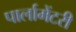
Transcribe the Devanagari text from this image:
पार्लामेंटरी